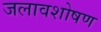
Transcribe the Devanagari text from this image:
जलावशोषण